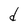
Character: d